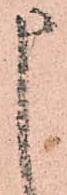
申